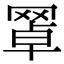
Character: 𦋚